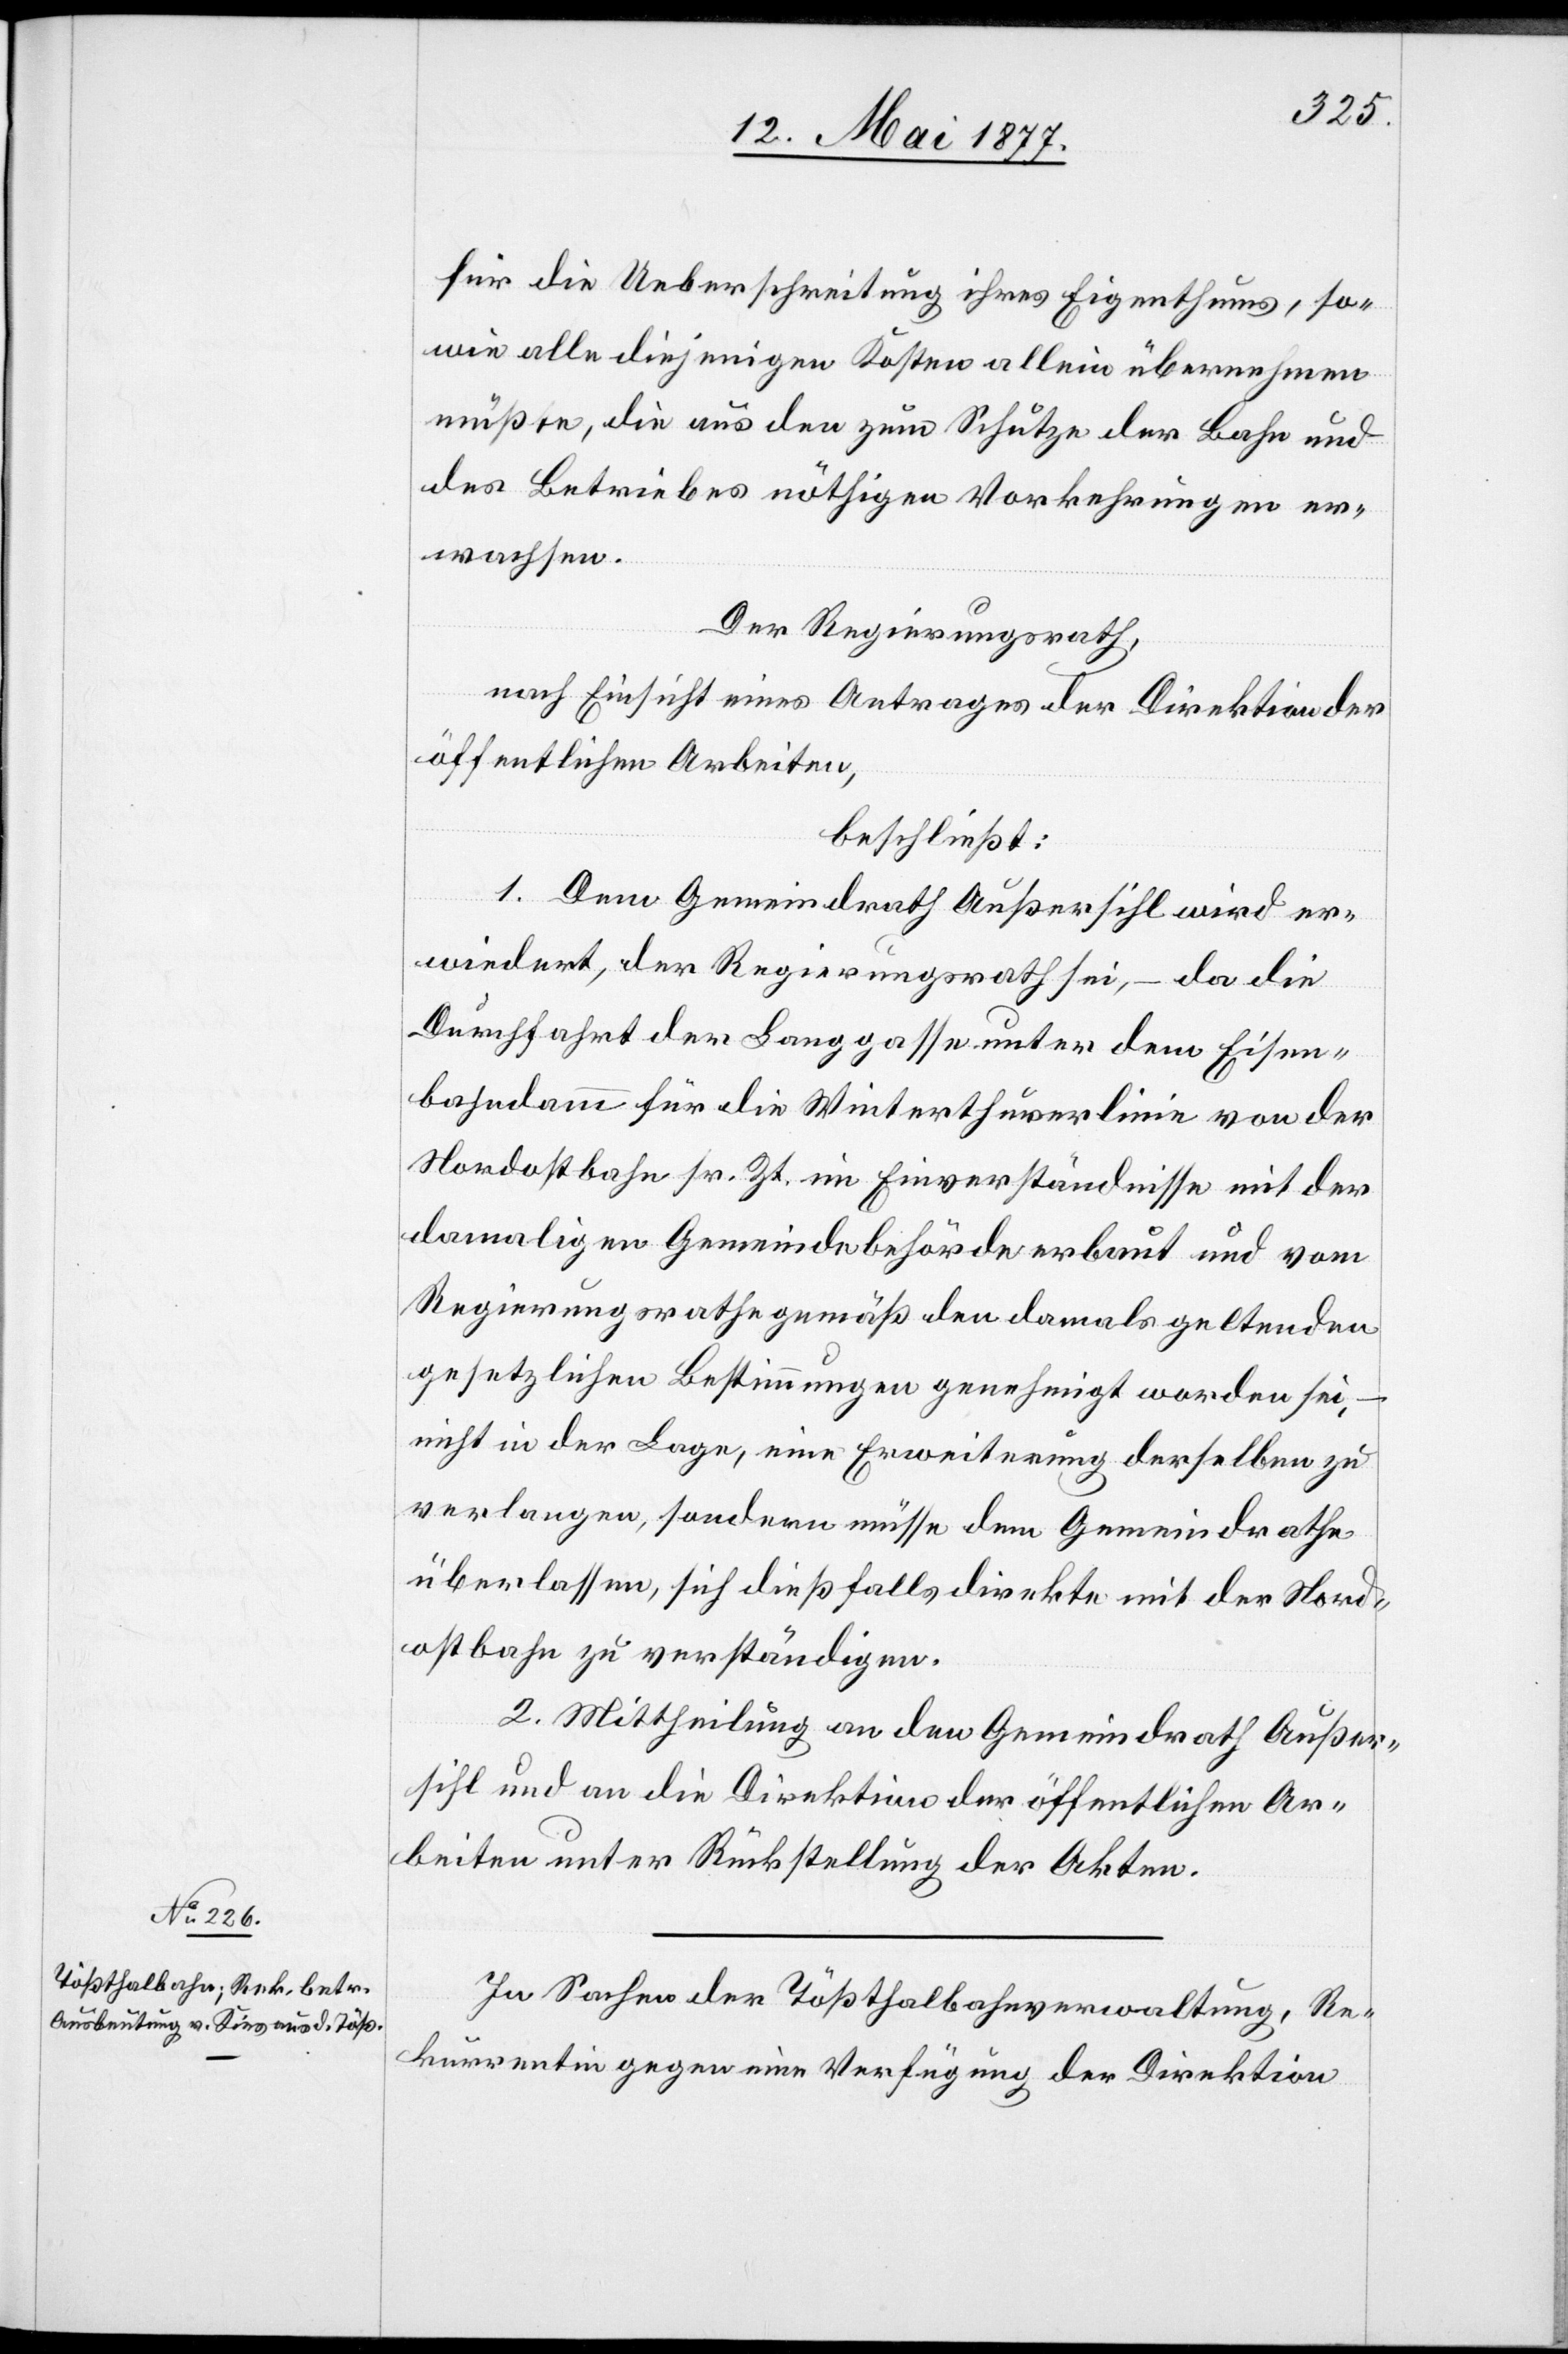
für die Ueberschreitung ihres Eigenthums, so¬
wie alle diejenigen Kosten allein übernehmen
müßte, die aus den zum Schutze der Bahn und
des Betriebes nöthigen Vorkehrungen er¬
wachsen.
Der Regierungsrath,
nach Einsicht eines Antrages der Direktion der
öffentlichen Arbeiten,
beschließt:
1. Dem Gemeindrath Außersihl wird er¬
wiedert, der Regierungsrath sei, – da die
Durchfahrt der Langgasse unter dem Eisen¬
bahndamm für die Winterthurerlinie von der
Nordostbahn sr. Zt. im Einverständnisse mit der
damaligen Gemeindebehörde erbaut und vom
Regierungsrathe gemäß den damals geltenden
gesetzlichen Bestimmungen genehmigt worden sei,
–
nicht in der Lage, eine Erweiterung derselben zu
verlangen, sondern müsse dem Gemeindrathe
überlassen, sich dießfalls direkte [sic!] mit der Nord¬
ostbahn zu verständigen.
2. Mittheilung an den Gemeindrath Außer¬
sihl und an die Direktion der öffentlichen Ar¬
beiten unter Rückstellung der Akten.
In Sachen der Tößthalbahnverwaltung, Re¬
kurrentin gegen eine Verfügung der Direktion